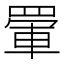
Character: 𮊋